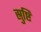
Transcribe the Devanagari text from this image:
स्रुष्टि